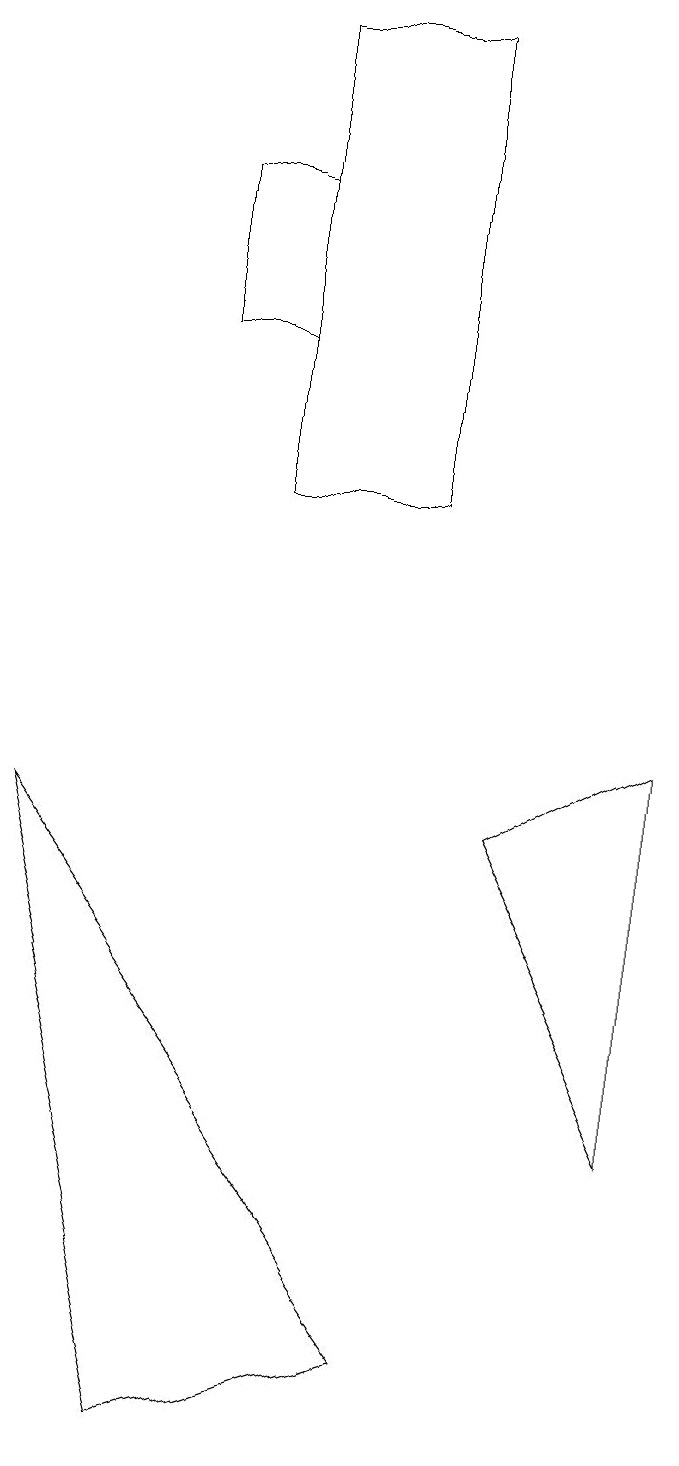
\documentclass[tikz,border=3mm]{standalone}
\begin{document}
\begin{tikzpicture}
\draw (2,16) rectangle (3,14);
\draw (8,9) -- (6,8) -- (8,4) -- cycle;
\draw (3,12) rectangle (5,18);
\draw (0,8) -- (5,1) -- (2,0) -- cycle;
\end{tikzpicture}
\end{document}